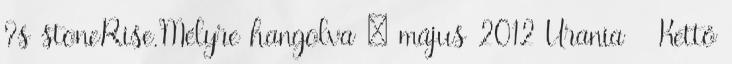
?s stoneRise.Mélyre hangolva : május 2012 Urania Kettő